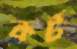
কর্ট